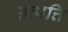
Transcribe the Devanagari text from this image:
उत्पत्ति